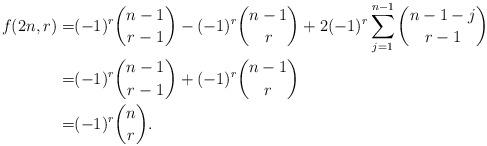
LaTeX: \begin{align*} f(2n,r)=&(-1)^r\binom{n-1}{r-1} -(-1)^r\binom{n-1}{r}+2(-1)^r \sum_{j=1}^{n-1} \binom{n-1-j}{r-1} \\=&(-1)^r\binom{n-1}{r-1} +(-1)^r \binom{n-1}{r} \\=&(-1)^r\binom{n}{r}.\end{align*}